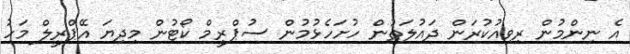
އެ ނިންމުން ރިވިއުކުރަން ދައުލަތުން ހުށަހެޅުމުން ސުޕްރީމް ކޯޓުން މިދިިޔަ އޭޕްރީލް މަހު